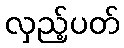
လှည့်ပတ်